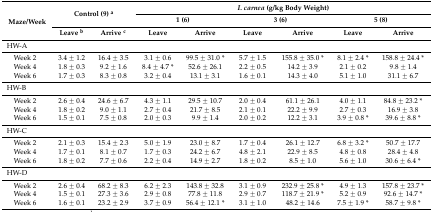
<table><thead><tr><td rowspan="3"><b>Maze/Week</b></td><td rowspan="2" colspan="2"><b>Control (9) <sup>a</sup></b></td><td colspan="6"><b><i>I. carnea</i> (g/kg Body Weight)</b></td></tr><tr><td colspan="2"><b>1 (6)</b></td><td colspan="2"><b>3 (6)</b></td><td colspan="2"><b>5 (8)</b></td></tr><tr><td><b>Leave <sup>b</sup></b></td><td><b>Arrive <sup>c</sup></b></td><td><b>Leave</b></td><td><b>Arrive</b></td><td><b>Leave</b></td><td><b>Arrive</b></td><td><b>Leave</b></td><td><b>Arrive</b></td></tr></thead><tbody><tr><td colspan="9">HW-A</td></tr><tr><td> Week 2</td><td>3.4 ± 1.2</td><td>16.4 ± 3.5</td><td>3.1 ± 0.6</td><td>99.5 ± 31.0 *</td><td>5.7 ± 1.5</td><td>155.8 ± 35.0 *</td><td>8.1 ± 2.4 *</td><td>158.8 ± 24.4 *</td></tr><tr><td> Week 4</td><td>1.8 ± 0.3</td><td>9.2 ± 1.6</td><td>8.4 ± 4.7 *</td><td>52.6 ± 26.1</td><td>2.2 ± 0.5</td><td>14.2 ± 3.9</td><td>2.1 ± 0.2</td><td>9.8 ± 1.4</td></tr><tr><td> Week 6</td><td>1.7 ± 0.3</td><td>8.3 ± 0.8</td><td>3.2 ± 0.4</td><td>13.1 ± 3.1</td><td>1.6 ± 0.1</td><td>14.3 ± 4.0</td><td>5.1 ± 1.0</td><td>31.1 ± 6.7</td></tr><tr><td colspan="9">HW-B</td></tr><tr><td> Week 2</td><td>2.6 ± 0.4</td><td>24.6 ± 6.7</td><td>4.3 ± 1.1</td><td>29.5 ± 10.7</td><td>2.0 ± 0.4</td><td>61.1 ± 26.1</td><td>4.0 ± 1.1</td><td>84.8 ± 23.2 *</td></tr><tr><td> Week 4</td><td>1.8 ± 0.2</td><td>9.0 ± 1.1</td><td>2.7 ± 0.4</td><td>21.7 ± 8.5</td><td>2.1 ± 0.1</td><td>22.2 ± 9.9</td><td>2.7 ± 0.3</td><td>16.9 ± 3.8</td></tr><tr><td> Week 6</td><td>1.5 ± 0.1</td><td>7.5 ± 0.8</td><td>2.0 ± 0.3</td><td>9.9 ± 1.4</td><td>2.0 ± 0.2</td><td>12.2 ± 3.1</td><td>3.9 ± 0.8 *</td><td>39.6 ± 8.8 *</td></tr><tr><td colspan="9">HW-C</td></tr><tr><td> Week 2</td><td>2.1 ± 0.3</td><td>15.4 ± 2.3</td><td>5.0 ± 1.9</td><td>23.0 ± 8.7</td><td>1.7 ± 0.4</td><td>26.1 ± 12.7</td><td>6.8 ± 3.2 *</td><td>50.7 ± 17.7</td></tr><tr><td> Week 4</td><td>1.7 ± 0.1</td><td>8.1 ± 0.7</td><td>1.7 ± 0.3</td><td>24.2 ± 6.7</td><td>4.8 ± 2.1</td><td>22.9 ± 8.5</td><td>4.8 ± 0.8</td><td>28.4 ± 4.8</td></tr><tr><td> Week 6</td><td>1.8 ± 0.2</td><td>7.7 ± 0.6</td><td>2.2 ± 0.4</td><td>14.9 ± 2.7</td><td>1.8 ± 0.2</td><td>8.5 ± 1.0</td><td>5.6 ± 1.0</td><td>30.6 ± 6.4 *</td></tr><tr><td colspan="9">HW-D</td></tr><tr><td> Week 2</td><td>2.6 ± 0.4</td><td>68.2 ± 8.3</td><td>6.2 ± 2.3</td><td>143.8 ± 32.8</td><td>3.1 ± 0.9</td><td>232.9 ± 25.8 *</td><td>4.9 ± 1.3</td><td>157.8 ± 23.7 *</td></tr><tr><td> Week 4</td><td>1.5 ± 0.1</td><td>27.3 ± 3.6</td><td>2.9 ± 0.8</td><td>77.8 ± 11.8</td><td>2.9 ± 0.7</td><td>118.7 ± 21.9 *</td><td>5.2 ± 0.9</td><td>92.6 ± 14.7 *</td></tr><tr><td> Week 6</td><td>1.6 ± 0.1</td><td>23.2 ± 2.9</td><td>3.7 ± 0.9</td><td>56.4 ± 12.1 *</td><td>3.1 ± 1.0</td><td>48.2 ± 14.6</td><td>7.5 ± 1.9 *</td><td>58.7 ± 9.8 *</td></tr></tbody></table>